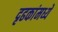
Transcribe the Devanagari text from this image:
दृढकांमध्ये